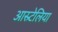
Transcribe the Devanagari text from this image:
आस्र्टेलिया